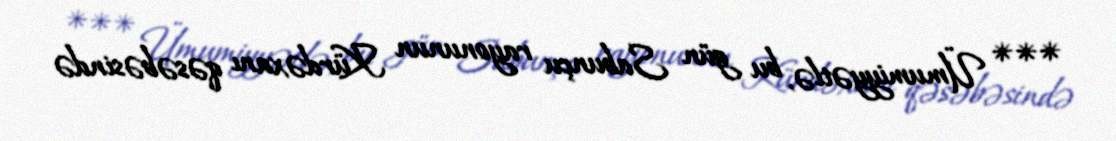
*** Ümumiyyətlə, bu gün Sabunçu rayonunun Kürdəxanı qəsəbəsində